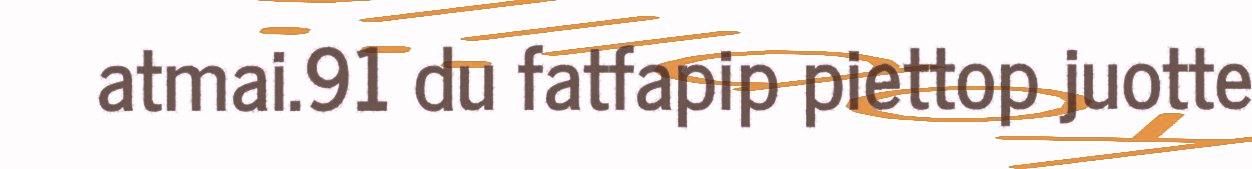
atmai.91 du fatfapip piettop juotte